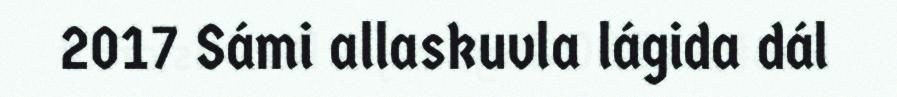
2017 Sámi allaskuvla lágida dál